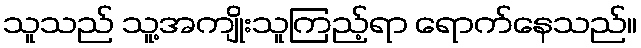
သူသည် သူ့အကျိုးသူကြည့်ရာ ရောက်နေသည်။